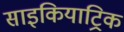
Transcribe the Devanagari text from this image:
साइकियाट्रिक